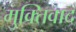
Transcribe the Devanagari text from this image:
मुक्तिवाद